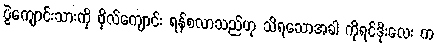
ပွဲကျောင်းသားကို ဗိုလ်ကျောင်း ရန်စလာသည်ဟု သိရသောအခါ ကိုရင်ဒိုးလေး က